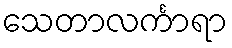
သေတာလင်္ကာရာ